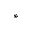
*